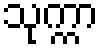
သုက္ကာ